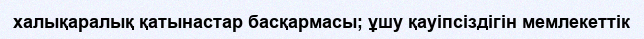
халықаралық қатынастар басқармасы; ұшу қауіпсіздігін мемлекеттік